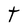
Character: t